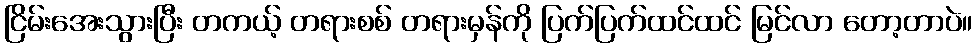
ငြိမ်းအေးသွားပြီး တကယ့် တရားစစ် တရားမှန်ကို ပြက်ပြက်ထင်ထင် မြင်လာ တော့တာပဲ။